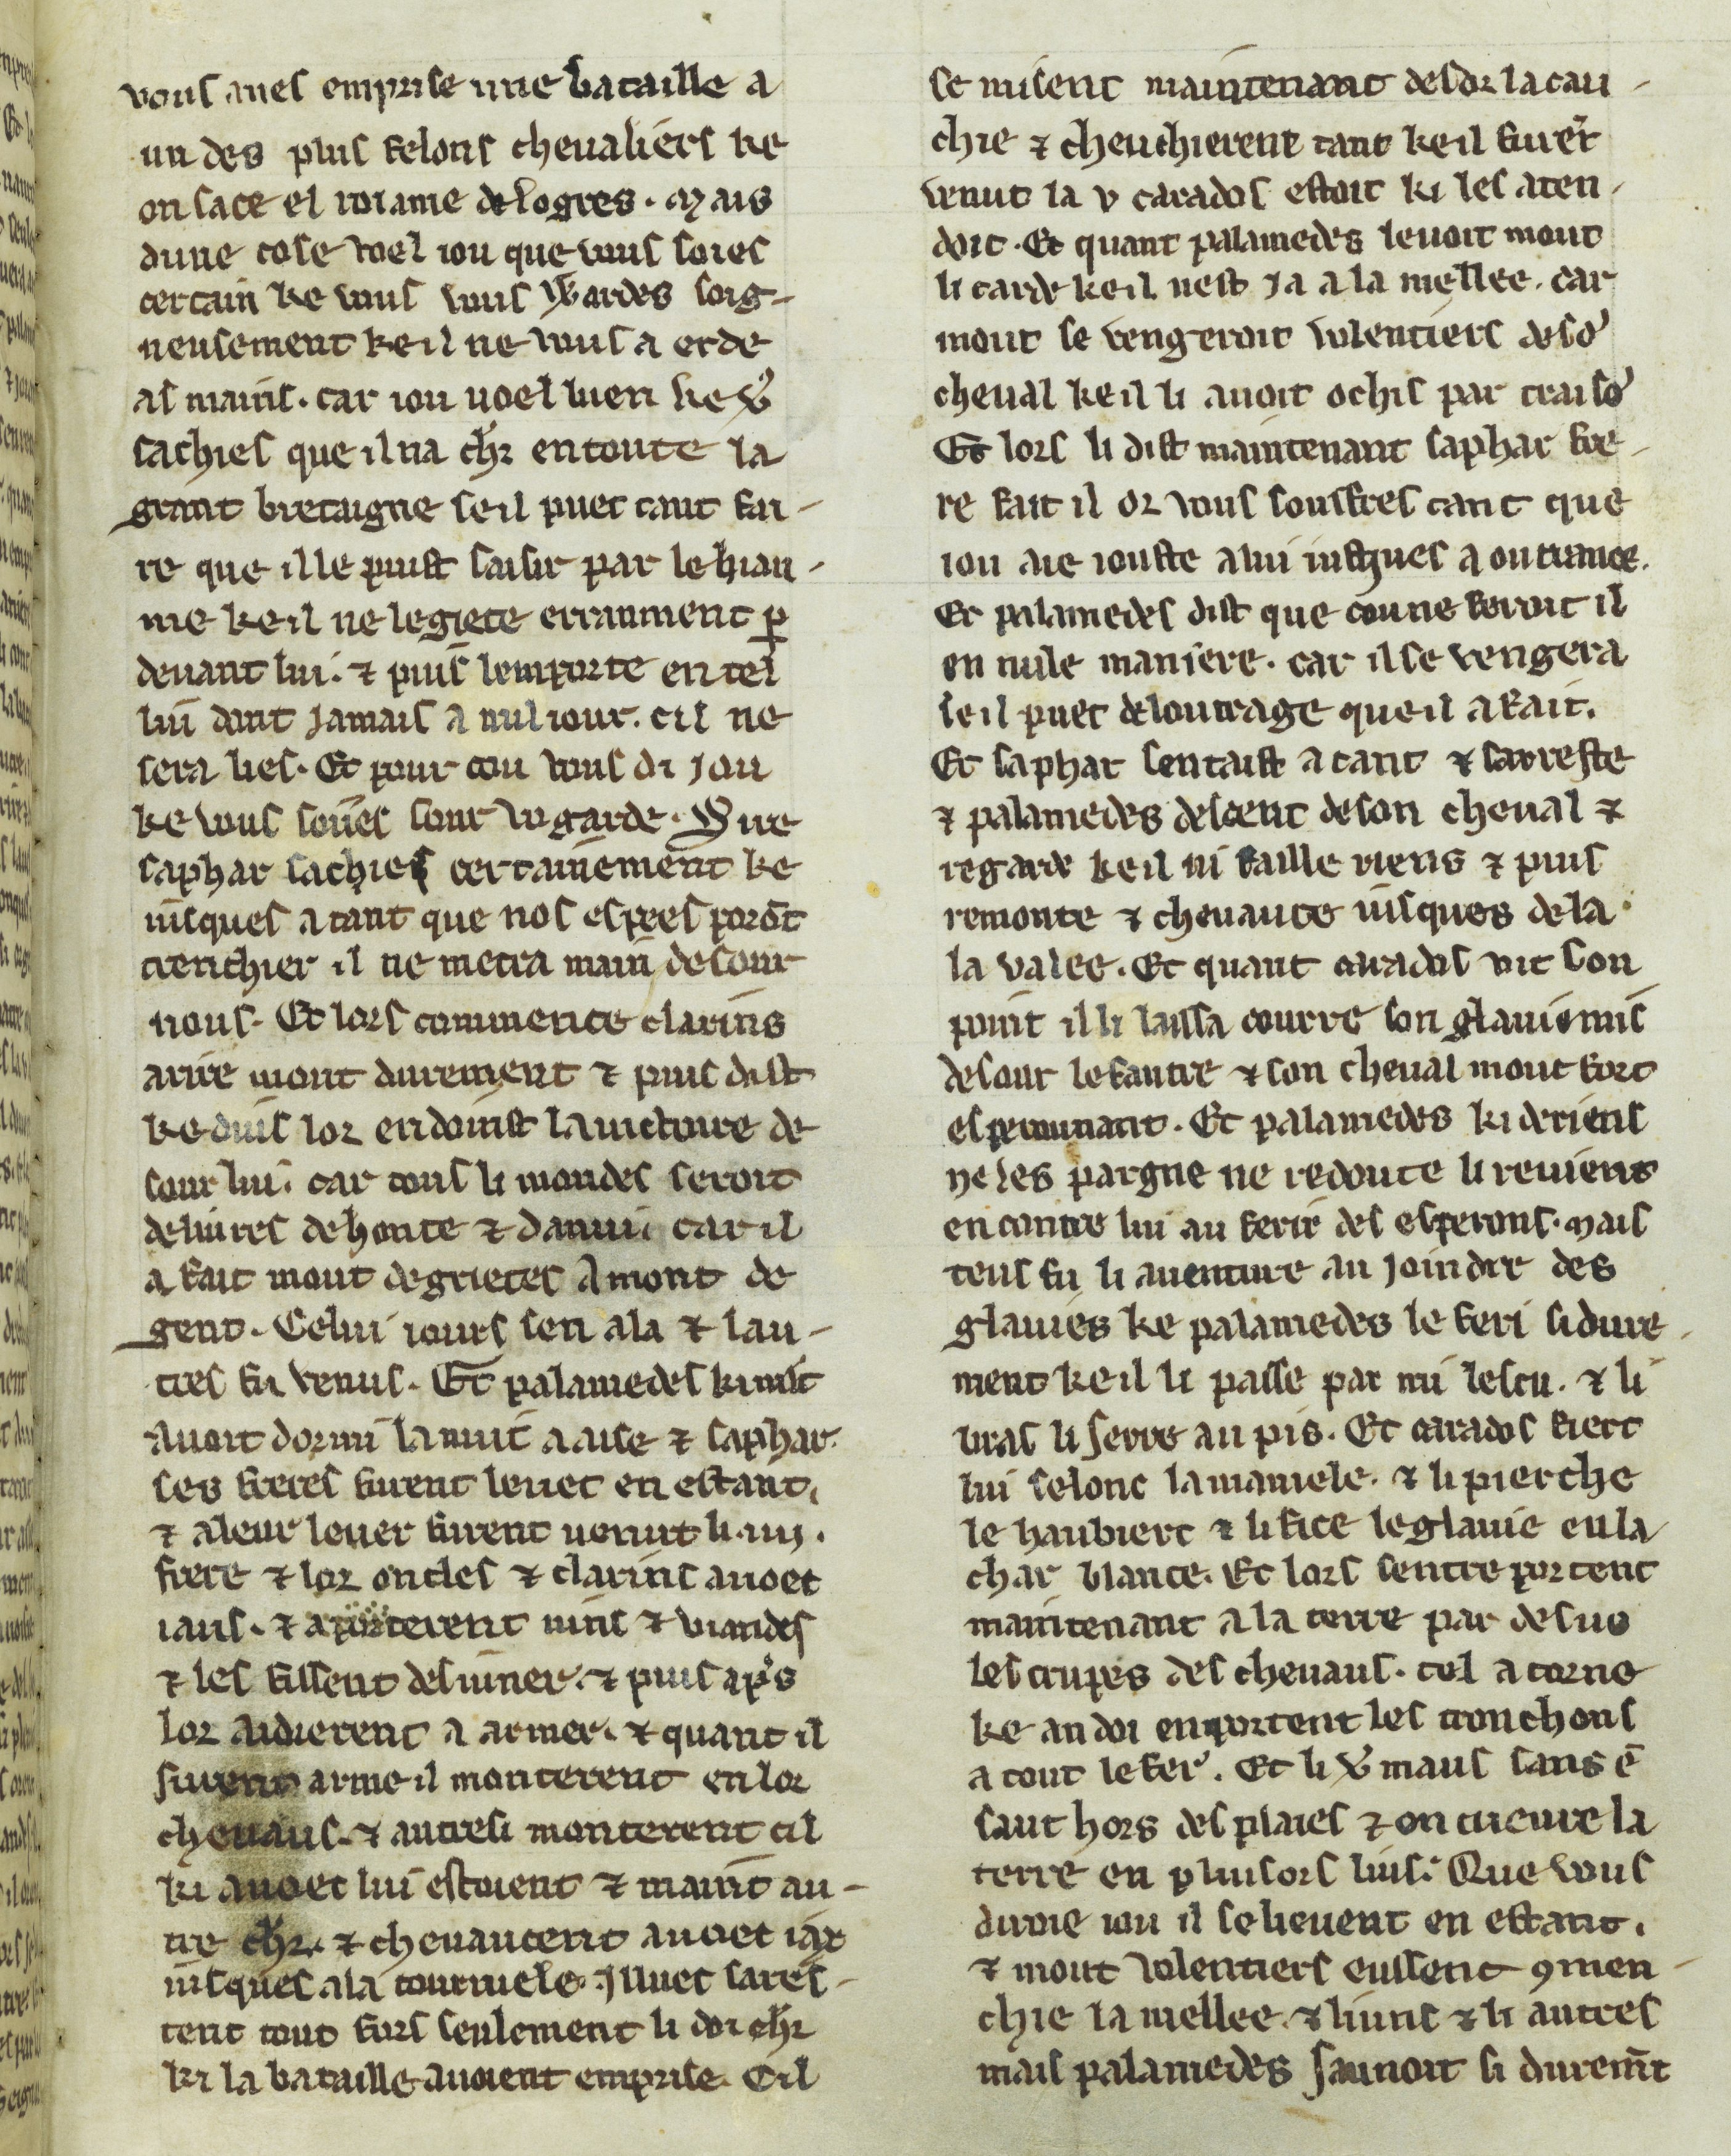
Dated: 1300–1330